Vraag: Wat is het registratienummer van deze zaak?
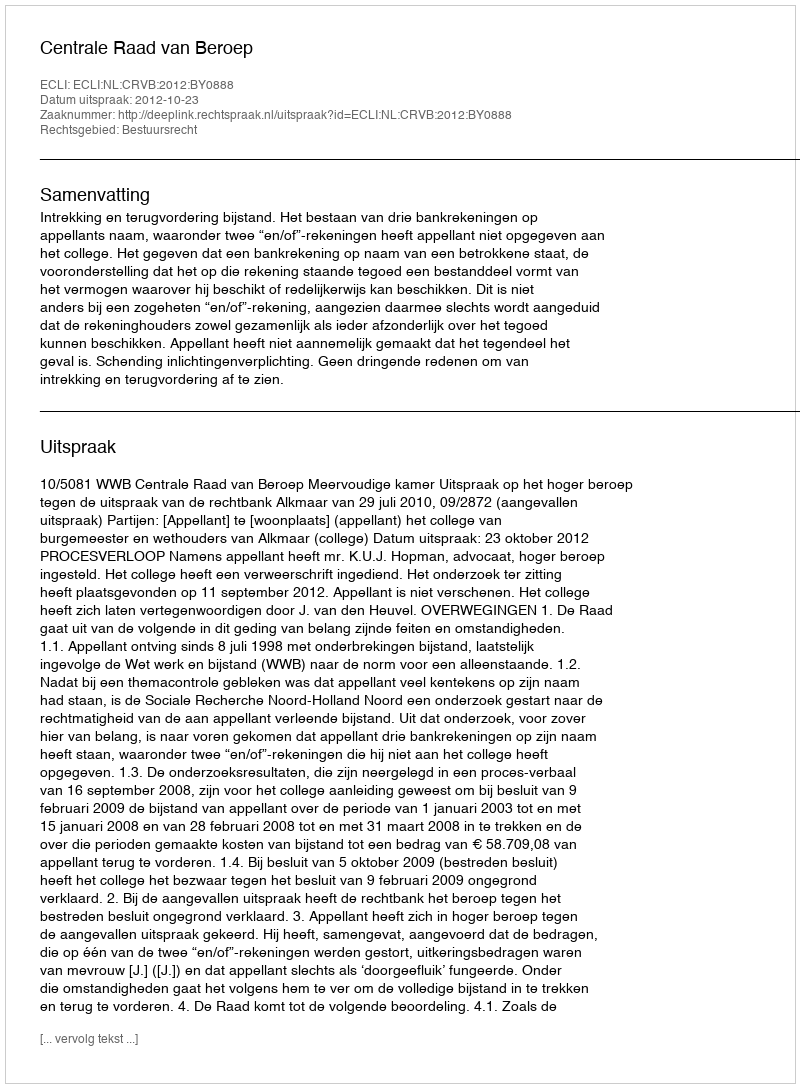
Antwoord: http://deeplink.rechtspraak.nl/uitspraak?id=ECLI:NL:CRVB:2012:BY0888